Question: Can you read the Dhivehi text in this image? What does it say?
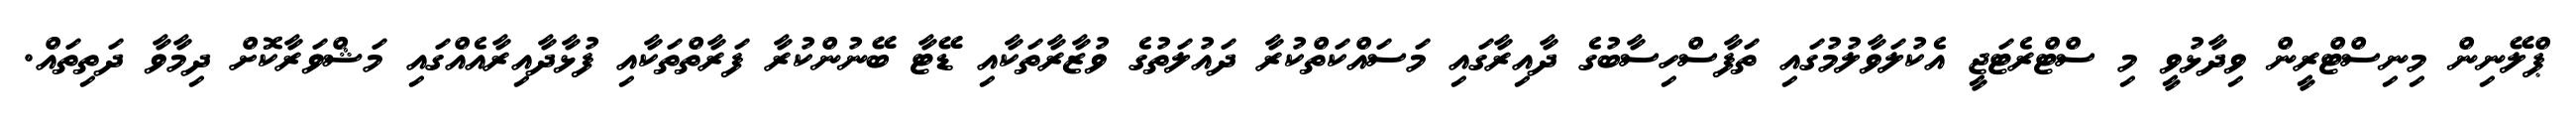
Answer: ޕްލޭނިން މިނިސްޓްރީން ވިދާޅުވީ މި ސްޓްރެޓަޖީ އެކުލަވާލުމުގައި ތަފާސްހިސާބުގެ ދާއިރާގައި މަސައްކަތްކުރާ ދައުލަތުގެ ވުޒާރާތަކާއި ޑޭޓާ ބޭނުންކުރާ ފަރާތްތަކާއި ފުޅާދާއިރާއެއްގައި މަޝްވަރާކޮށް ދިމާވާ ދަތިތައް.